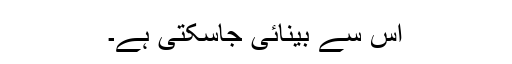
اس سے بینائی جاسکتی ہے۔